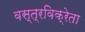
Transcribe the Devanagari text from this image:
वस्त्रविक्रेता